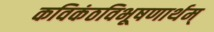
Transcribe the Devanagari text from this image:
कविकंठविभूषणार्थम्